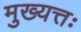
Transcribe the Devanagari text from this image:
मुख्यत्तः